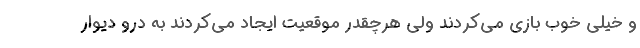
و خیلی خوب بازی می‌کردند ولی هرچقدر موقعیت ایجاد می‌کردند به درو دیوار